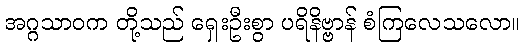
အဂ္ဂသာဝက တို့သည် ရှေးဦးစွာ ပရိနိဗ္ဗာန် စံကြလေသလော။